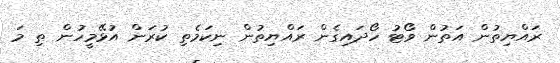
ރައްޔިތުން އަތުން ވޯޓު ހޯދައިގެން ރައްޔިތުން ނިކަމެތި ކުރަން އުޅޭމީހުން ތި މަ